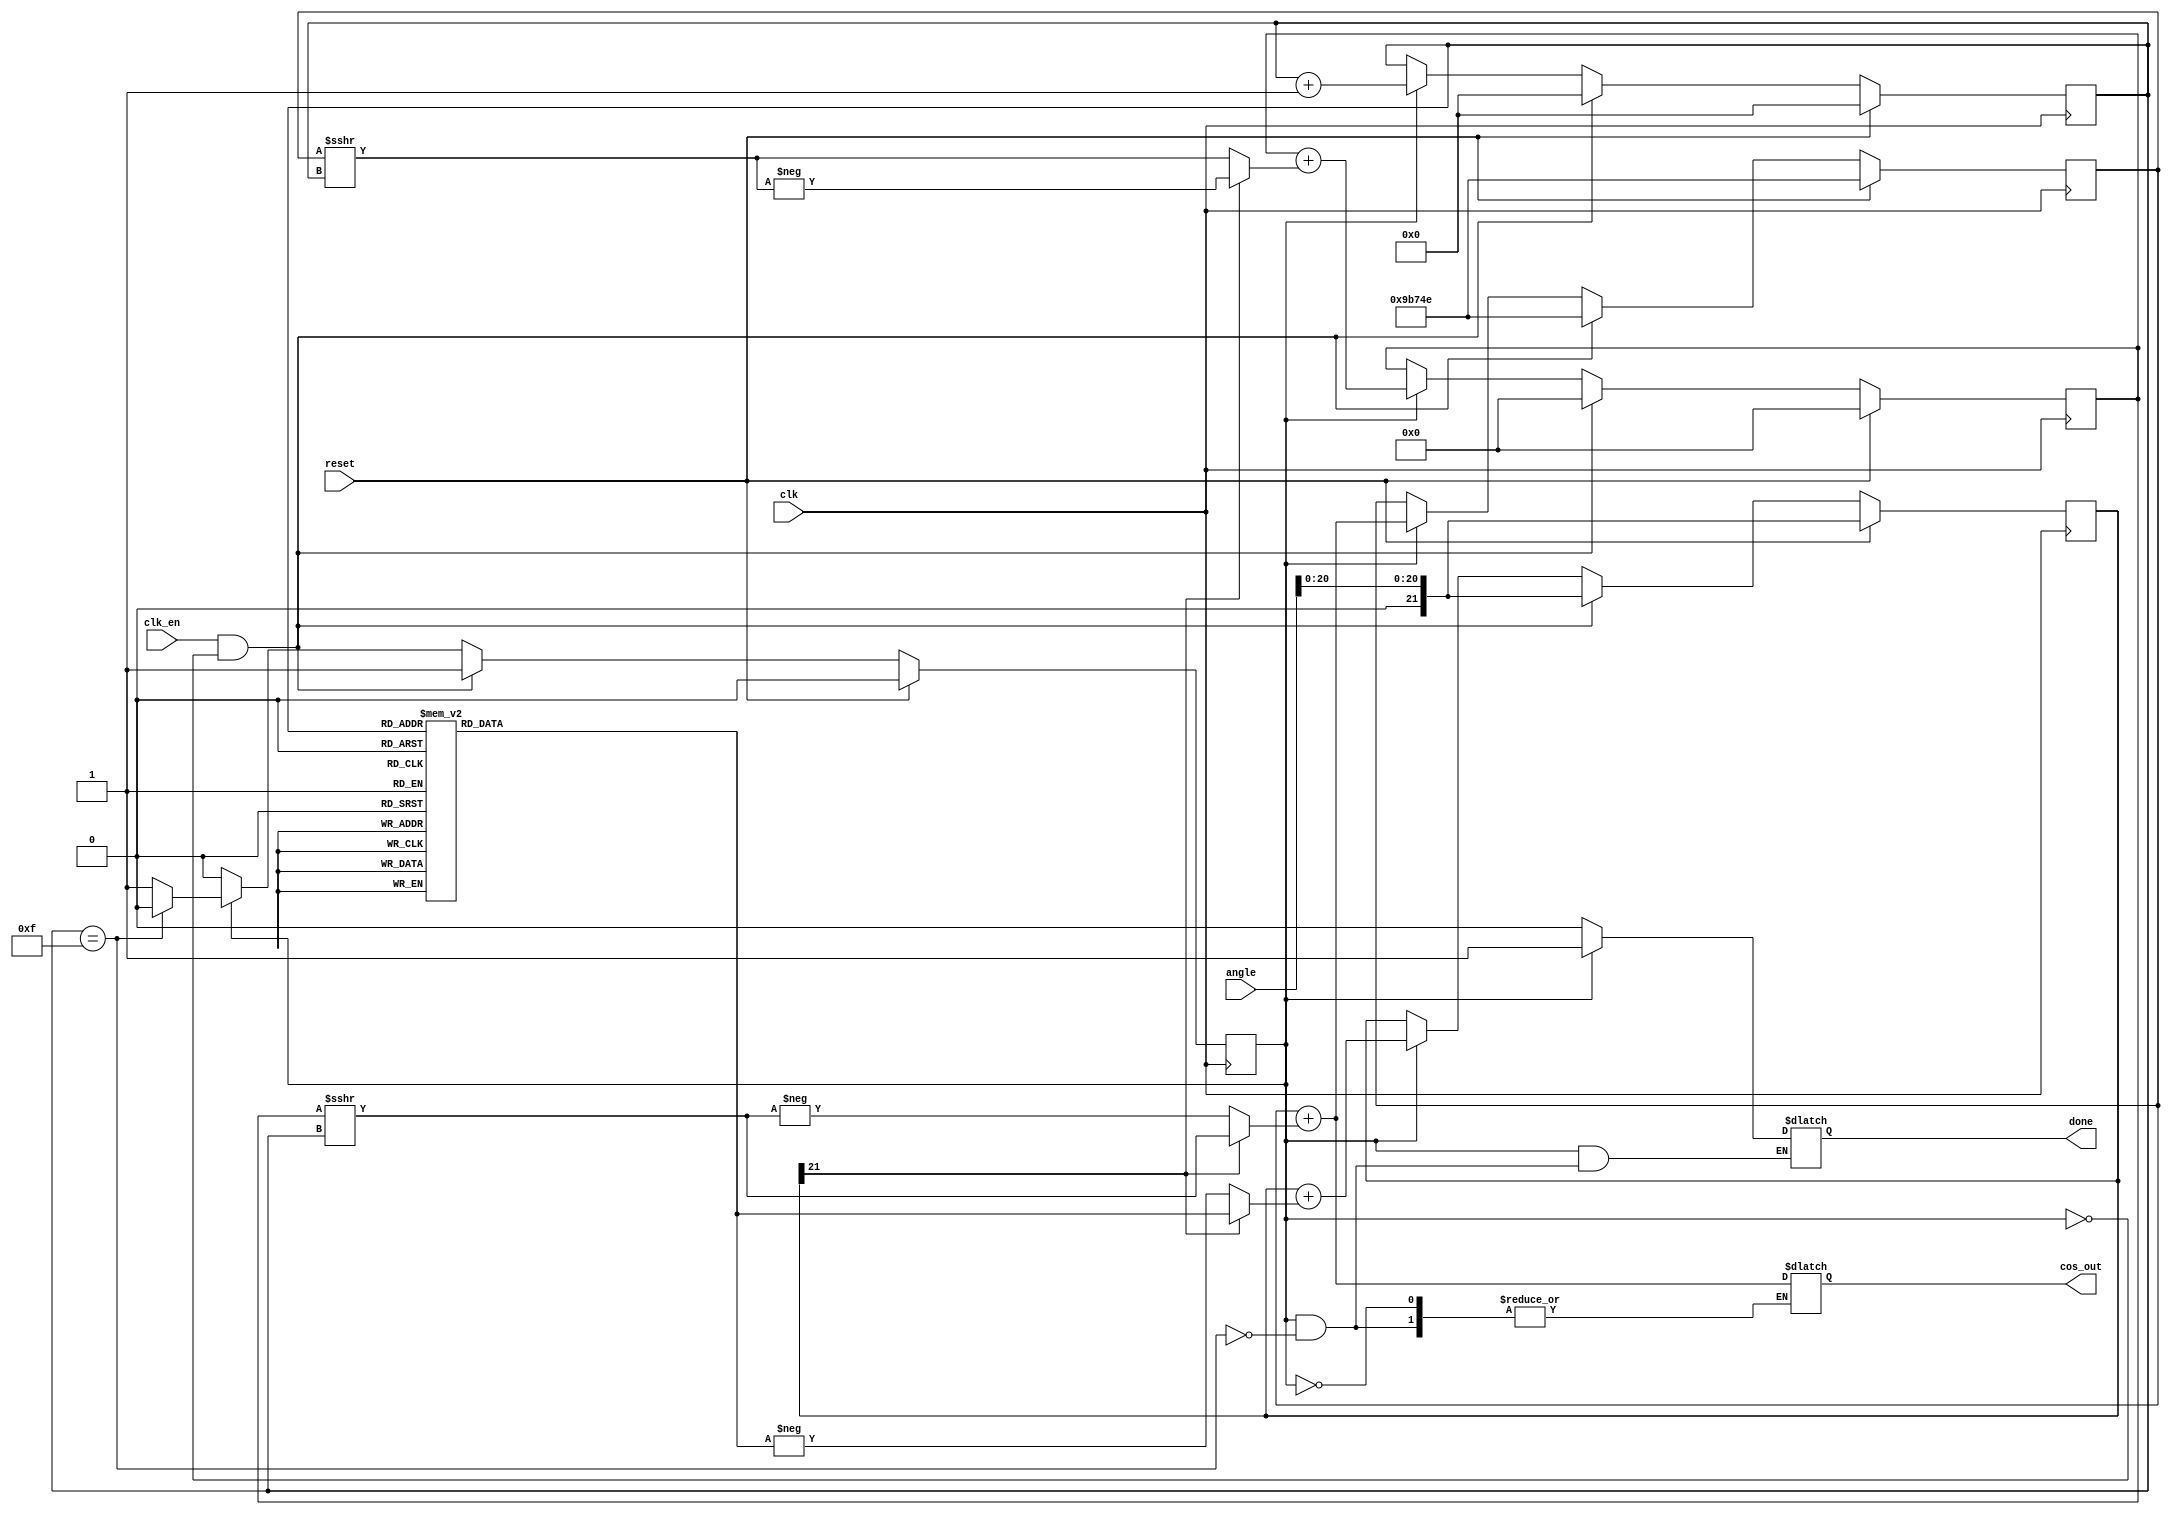
module cordic(
    clk,
	clk_en,
    reset, //active-high
    angle,
    cos_out,
	done
);

input clk, clk_en, reset;
input [21:0] angle;
output [21:0] cos_out;
output reg done;

reg state = 1'b0;
reg state_next = 1'b0;
reg [3:0] i, i_next;  //iterator
reg signed [21:0] e_i, x, z, y, x_next, y_next, z_next, cos_out; //angle of iteration plus others...

wire signed [21:0] x_shifted, y_shifted;
wire d;

assign d = z[21];
assign x_shifted = x >>> i;
assign y_shifted = y >>> i;

always @(i) begin //angle to be used in calc
    case(i)
        4'd0 : e_i <= 22'hC90FD;
        4'd1 : e_i <= 22'h76B19;
        4'd2 : e_i <= 22'h3EB6E;
        4'd3 : e_i <= 22'h1FD5B;
        4'd4 : e_i <= 22'h0FFAA;
        4'd5 : e_i <= 22'h07FF5;
        4'd6 : e_i <= 22'h03FFE;
        4'd7 : e_i <= 22'h01FFF;
        4'd8 : e_i <= 22'h00FFF;
        4'd9 : e_i <= 22'h007FF;
        4'd10 : e_i <= 22'h003FF;
        4'd11 : e_i <= 22'h001FF;
        4'd12 : e_i <= 22'h000FF;
        4'd13 : e_i <= 22'h0007F;
        4'd14 : e_i <= 22'h0003F;
        4'd15 : e_i <= 22'h0001F;
    endcase
end

always@(posedge clk) begin
	 if (reset) begin
        i <= 4'd0;
        x <= 22'b10011011011101001110;
        y <= 22'd0;
		  z <= angle[20:0];
		  state <= 1'b0;
	 end
	 else if (clk_en && !state) begin   //initial values
        i <= 4'd0;
        x <= 22'b10011011011101001110;
        y <= 22'd0;
        z <= angle[20:0];
        state <= 1'b1;
    end
    else begin        //updateing values
        x <= x_next;
        y <= y_next;
        z <= z_next;
		  i <= i_next;
        state <= state_next;
    end
end

always @* begin
	 x_next = x;
	 y_next = y;
	 z_next = z;
	 i_next = i;
	 state_next = state;
    if(state)begin  //calculating section
        x_next = x + (d ? y_shifted : -y_shifted);
        y_next = y + (d ? -x_shifted : x_shifted);
        z_next = z + (d ? e_i : -e_i);
        i_next = i + 1;
        if(i == 4'd15) begin   //done 16 iterations
				done = 1'b1;
            state_next = 1'b0;
				cos_out <= x_next;
        end
    end
	 else begin
		done <= 1'b0;
	 end
end


endmodule